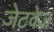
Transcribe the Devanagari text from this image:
जेटवेज़